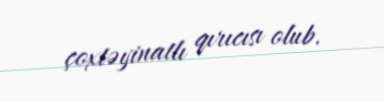
çoxtəyinatlı qırıcısı olub.